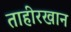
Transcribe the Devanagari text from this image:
ताहीरखान